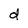
Character: d